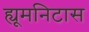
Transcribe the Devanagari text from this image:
ह्यूमनिटास